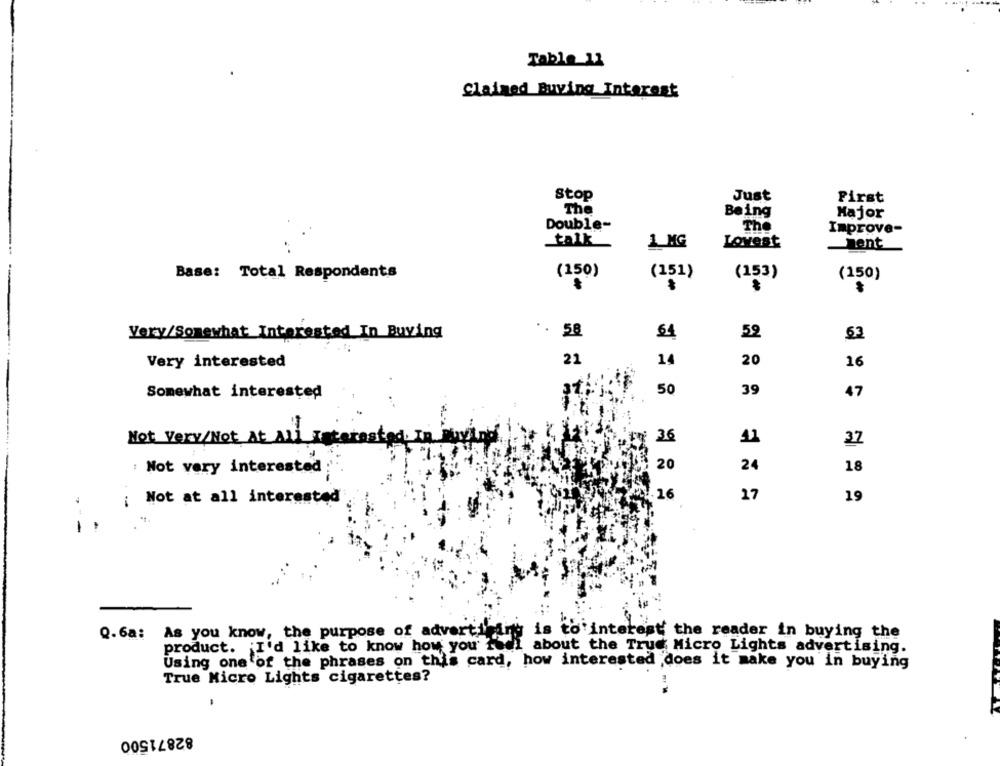
Table_11
Claimed Buying Interest
Stop
Just
First
The
Being
Major
Double-
The
Improve-
talk
1 MG
Lovest
sent
Base: Total Respondents
(150)
(151)
(153)
(150)
Very/Somewhat Interested In Buying
.. 58
64
59
53
14
20
Very interested
21
16
50
Somewhat interested
39
47
Not Very/Not At All Rate
36
11
37
20
24
: Not very interested
18
Not at all interested
16
17
19
-
is to interest the reader in buying the
Q.6a: As you know, the purpose of advertising
product. I'd like to know how you feel about the Truc Micro Lights advertising.
Using one of the phrases on this card, how interested does it make you in buying
True Micro Lights cigarettes?
82871500